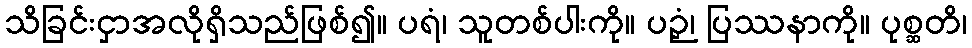
သိခြင်းငှာအလိုရှိသည်ဖြစ်၍။ ပရံ၊ သူတစ်ပါးကို။ ပဉှံ၊ ပြဿနာကို။ ပုစ္ဆတိ၊